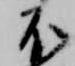
不